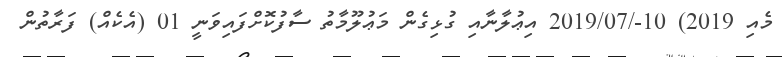
މެއި 2019) 10-/2019/07 އިޢުލާނާއި ގުޅިގެން މަޢުލޫމާތު ސާފުކޮށްފައިވަނީ 01 (އެކެއް) ފަރާތުން